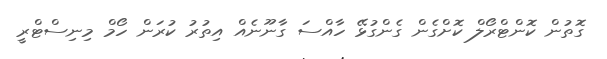
ގޮތުން ކޮންޓްރޯލް ކޮށްގެން ގެންގުޅޭ ހާއްސަ ގާނޫނެއް އިތުރު ކުރަން ހޯމް މިނިސްޓްރީ